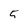
Character: 5